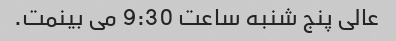
عالی پنج شنبه ساعت 9:30 می بینمت.